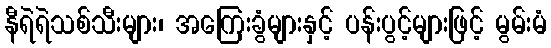
နီရဲရဲသစ်သီးများ၊ အကြေးခွံများနှင့် ပန်းပွင့်များဖြင့် မွမ်းမံ